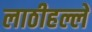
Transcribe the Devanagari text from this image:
लाठीहल्ले